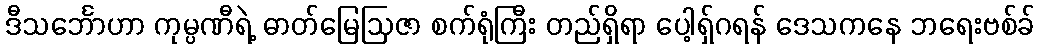
ဒီသင်္ဘောဟာ ကုမ္ပဏီရဲ့ ဓာတ်မြေဩဇာ စက်ရုံကြီး တည်ရှိရာ ပေါ့ရှ်ဂရန် ဒေသကနေ ဘရေးဗစ်ခ်